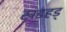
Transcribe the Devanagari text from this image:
खडहड्